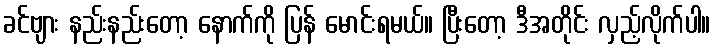
ခင်ဗျား နည်းနည်းတော့ နောက်ကို ပြန် မောင်းရမယ်။ ပြီးတော့ ဒီအတိုင်း လှည့်လိုက်ပါ။